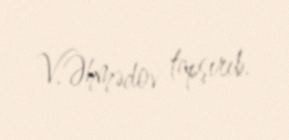
V.Əhmədov tapşırıb.